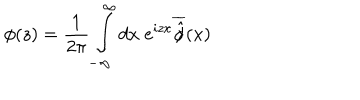
LaTeX: \phi ( z ) = \frac { 1 } { 2 \pi } \int _ { - \infty } ^ { \infty } d x \; e ^ { i z x } \overline { { { \hat { \phi } } } } ( x )